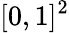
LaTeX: [0,1]^{2}